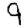
Digit: 9